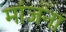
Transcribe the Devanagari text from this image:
मांजना